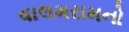
વાલમરામનો